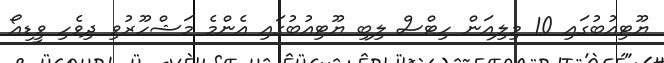
ޔޫޓިއުބުގައި 10 މިލިއަން ހިޓްސް ލިބި ޔޫޓިއުބުގައި އެންމެ މަޝްހޫރުވި ދިވެހި ވީޑިއޯ